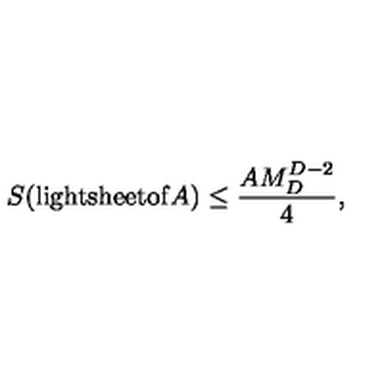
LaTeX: S ( \mathrm { l i g h t s h e e t o f } A ) \leq \frac { A M _ { D } ^ { D - 2 } } { 4 } ,